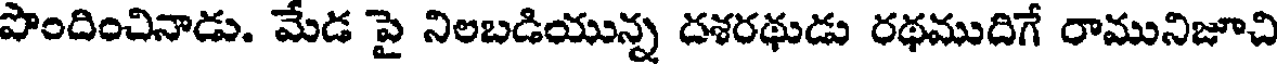
పొందించినాడు. మేడ పై నిలబడియున్న దశరథుడు రథముదిగే రామునిజూచి